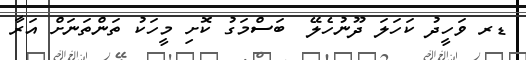
ޑރ ވަހީދު ކަހަލަ ދޫނުހެލޭ  ބަސްމަގު ކޮށި މީހަކު ތަންތަނަށް އަރާ